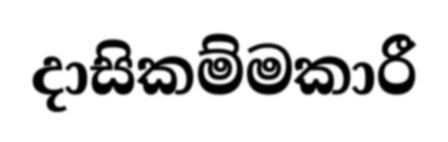
දාසිකම්මකාරී